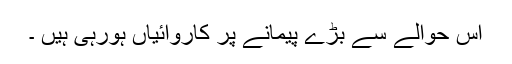
اس حوالے سے بڑے پیمانے پر کاروائیاں ہورہی ہیں ۔